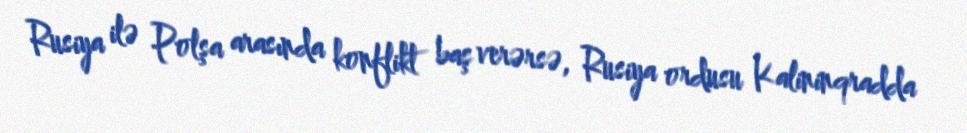
Rusiya ilə Polşa arasında konflikt baş verərsə, Rusiya ordusu Kalininqradda